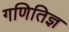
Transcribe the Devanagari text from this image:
गणितिज्ञ